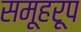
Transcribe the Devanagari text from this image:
समूहरूप